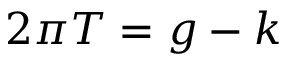
2 \pi T = g - k